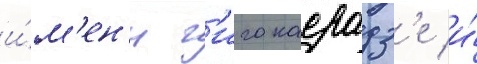
и́м'ен'и г'иго касрадз'е и́